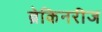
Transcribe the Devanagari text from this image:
ब्रेकिनरीज